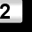
Digit: 2